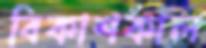
বিকাশকাল